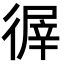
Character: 𢕌